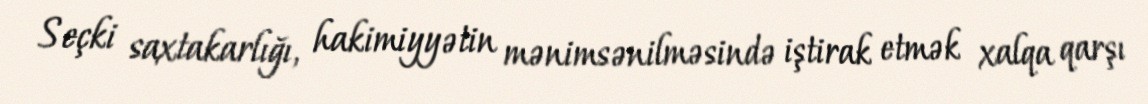
Seçki saxtakarlığı, hakimiyyətin mənimsənilməsində iştirak etmək xalqa qarşı